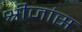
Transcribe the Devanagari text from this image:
श्रीजांस